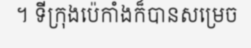
។ ទីក្រុងប៉េកាំងក៏បានសម្រេច